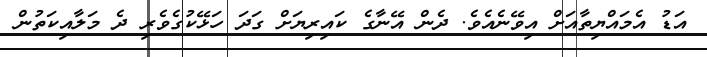
އަޑު އެމައްޔިތާއަށް އިވޭނެއެވެ. ދެން އޭނާގެ ކައިރިޔަށް ގަދަ ހަޅޭކުގެވެރި ދެ މަލާއިކަތުން